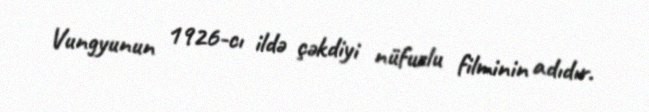
Vungyunun 1926-cı ildə çəkdiyi nüfuzlu filminin adıdır.